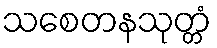
သစေတနသုတ္တံ